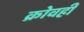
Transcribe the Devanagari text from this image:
क्रोवही